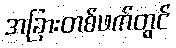
အခြားတစ်ဖက်တွင်